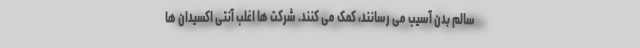
سالم بدن آسیب می رسانند، کمک می کنند. شرکت ها اغلب آنتی اکسیدان ها